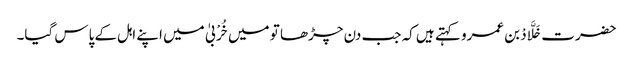
حضرت خَلَّادْ بن عمرو کہتے ہیں کہ جب دن چڑھا تو میں خُرْبیٰ میں اپنے اہل کے پاس گیا۔